Note on the mental hospitals in Burma - 1925-1940
Year: 1925
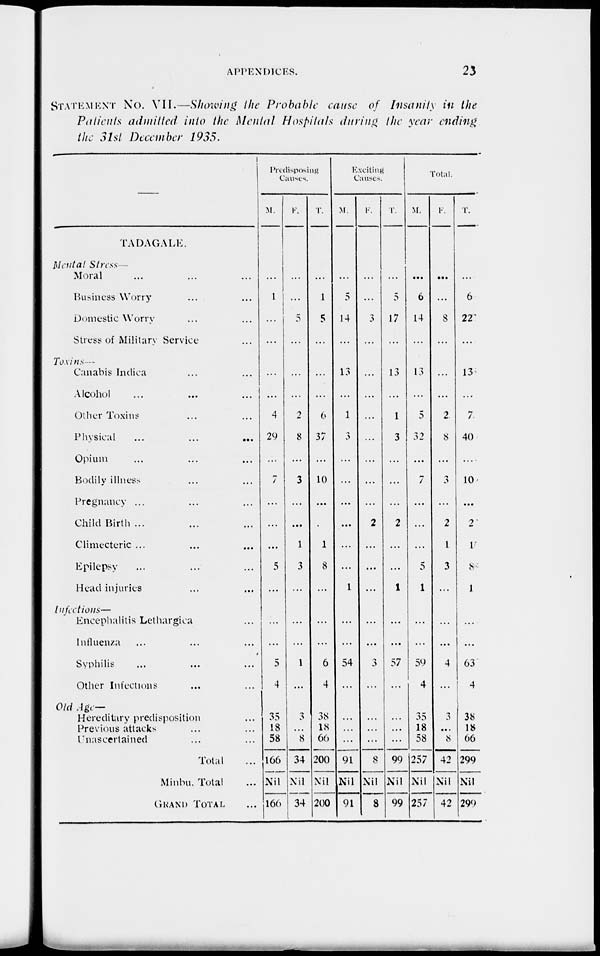
APPENDICES.
23
STATEMENT No. VII.—Showing the Probable cause of Insanity in the
Patients admitted into the Mental Hospitals during the year ending
the 31st December 1935.
—
TADAGALE.
Mental Stress
Moral ... ... ...
Business Worry ... ...
Domestic Worry ... ...
Stress of Military Service ...
Toxins—
Canabis Indica ... ...
Alcohol ... ... ...
Other Toxins ... ...
Physical
...
...
...
Opium ... ... ...
Bodily illness ... ...
Pregnancy ... ... ...
Child Birth ... ... ...
Climecteric ... ... ...
Epilepsy ... ... ...
Head injuries ... ...
Infections—
Encephalitis Lethargica ...
Influenza ... ... ...
Syphilis ... ... ...
Other Infections ... ...
Old Age—
Hereditary predisposition ...
Previous attacks ... ...
Unascertained ... ...
Total ...
Minbu Total ...
GRAND TOTAL ...
Predisposing
Causes.
M.
...
1
...
...
...
...
4
29
...
7
...
...
...
5
...
...
...
5
4
35
18
58
166
Nil
166
F.
...
...
5
...
...
...
2
8
...
3
...
...
1
3
...
...
...
1
...
3
...
8
34
Nil
34
T.
...
1
5
...
...
...
6
37
...
10
...
...
1
8
...
...
...
6
4
38
18
66
200
Nil
200
Exciting
Causes.
M.
...
5
14
...
13
...
1
3
...
...
...
...
...
...
1
...
...
54
...
...
...
...
91
Nil
91
F.
...
...
3
...
...
...
...
...
...
...
...
2
...
...
...
...
...
3
...
...
...
...
8
Nil
8
T.
...
5
17
...
13
...
1
3
...
...
...
2
...
...
1
...
...
57
...
...
...
...
99
Nil
99
Total.
M.
...
6
14
...
13
...
5
32
...
7
...
...
...
5
1
...
...
59
4
35
18
58
257
Nil
257
F.
...
...
8
...
...
...
2
8
...
3
...
2
1
3
...
...
...
4
...
3
...
8
42
Nil
42
T.
...
6
22
...
13
...
7
40
...
10
...
2
1
8
1
...
...
63
4
38
18
66
299
Nil
299